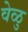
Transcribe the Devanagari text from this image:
वेळु